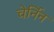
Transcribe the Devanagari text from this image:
चेर्निन